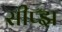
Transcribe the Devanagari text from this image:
सीप्झ